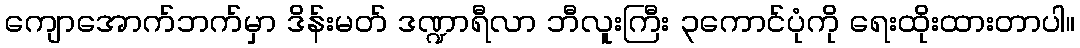
ကျောအောက်ဘက်မှာ ဒိန်းမတ် ဒဏ္ဍာရီလာ ဘီလူးကြီး ၃ကောင်ပုံကို ရေးထိုးထားတာပါ။